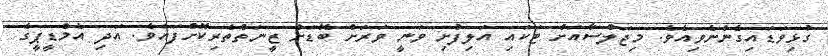
ގުޅިވަޑައިގެންނެވިއެވެ. މިޖަލްސާއަށް ޓަކައި އަލިފުށި ވަނީ ވަރަށް ބޮޑަށް ޒީނަތްތެރިކޮށްފައެވެ. އަދި އެމްޑީޕީގެ